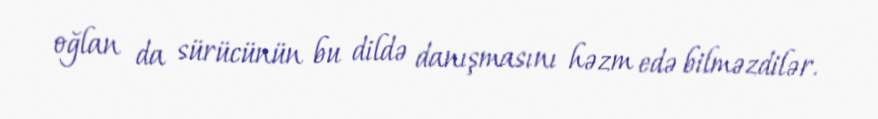
oğlan da sürücünün bu dildə danışmasını həzm edə bilməzdilər.